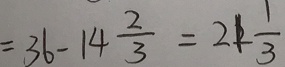
= 3 6 - 1 4 \frac { 2 } { 3 } = 2 1 \frac { 1 } { 3 }